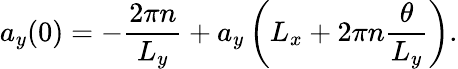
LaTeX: a_{y}(0)=-\frac{2\pi n}{L_{y}}+a_{y}\left(L_{x}+2\pi n\frac{\theta}{L_{y}}\right).